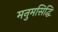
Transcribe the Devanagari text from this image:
मनुमसिद्धि